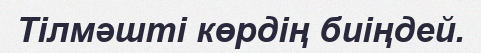
Тілмәшті көрдің биіңдей.